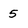
Character: 5